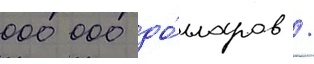
000 000 до́лларов /